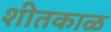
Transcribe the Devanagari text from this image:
शीतकाळ